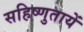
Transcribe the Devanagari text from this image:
सहिष्णुतायें